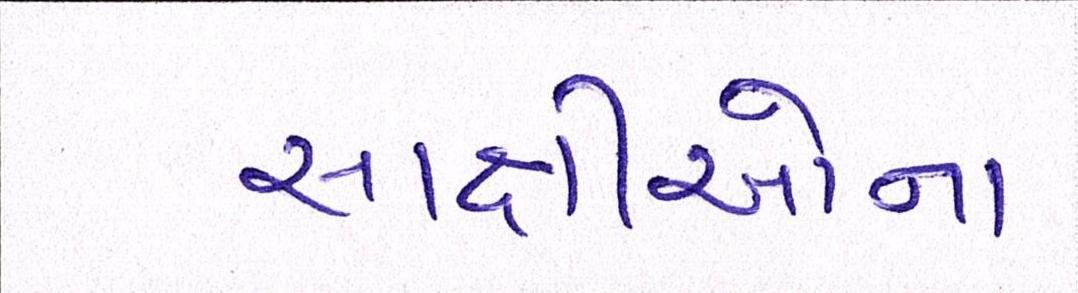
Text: સાક્ષીઓના